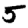
Digit: 5